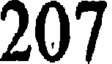
207